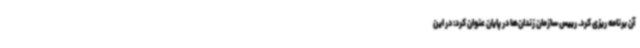
آن برنامه ریزی کرد. رییس سازمان زندان‌ها در پایان عنوان کرد: در این